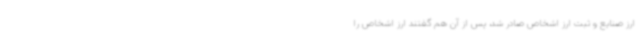
ارز صنایع و ثبت ارز اشخاص صادر شد، پس از آن هم گفتند ارز اشخاص را